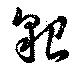
貇